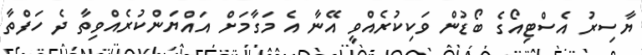
ޔާސިރު އެސްޓިއޯގެ ބޯޑުން ވަކިކުރެއްވީ އޭނާ އެ މަގާމަށް އައްޔަންކުރެއްވިތާ ދެ ހަފްތާ